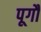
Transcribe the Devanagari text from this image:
पूगौ